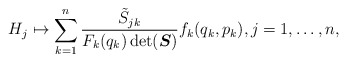
\begin{gather*}H_j \mapsto \sum_{k=1}^n\frac{\tilde{S}_{jk}}{F_k(q_k) \det (\boldsymbol{S})} f_k(q_k,p_k), j=1,\dots,n ,\end{gather*}